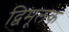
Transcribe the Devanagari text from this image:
द्विमूलक